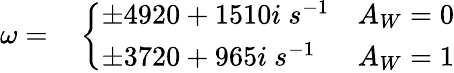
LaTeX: \begin{array}{rl}{\omega=}&{{}\left\{ \begin{array}{ll}{\pm 4920+1510i\ s^{-1}}&{A_{W}=0}\\ {\pm 3720+965i\ s^{-1}}&{A_{W}=1}\end{array}\right.}\end{array}